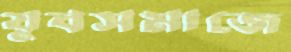
যুবসমাজে